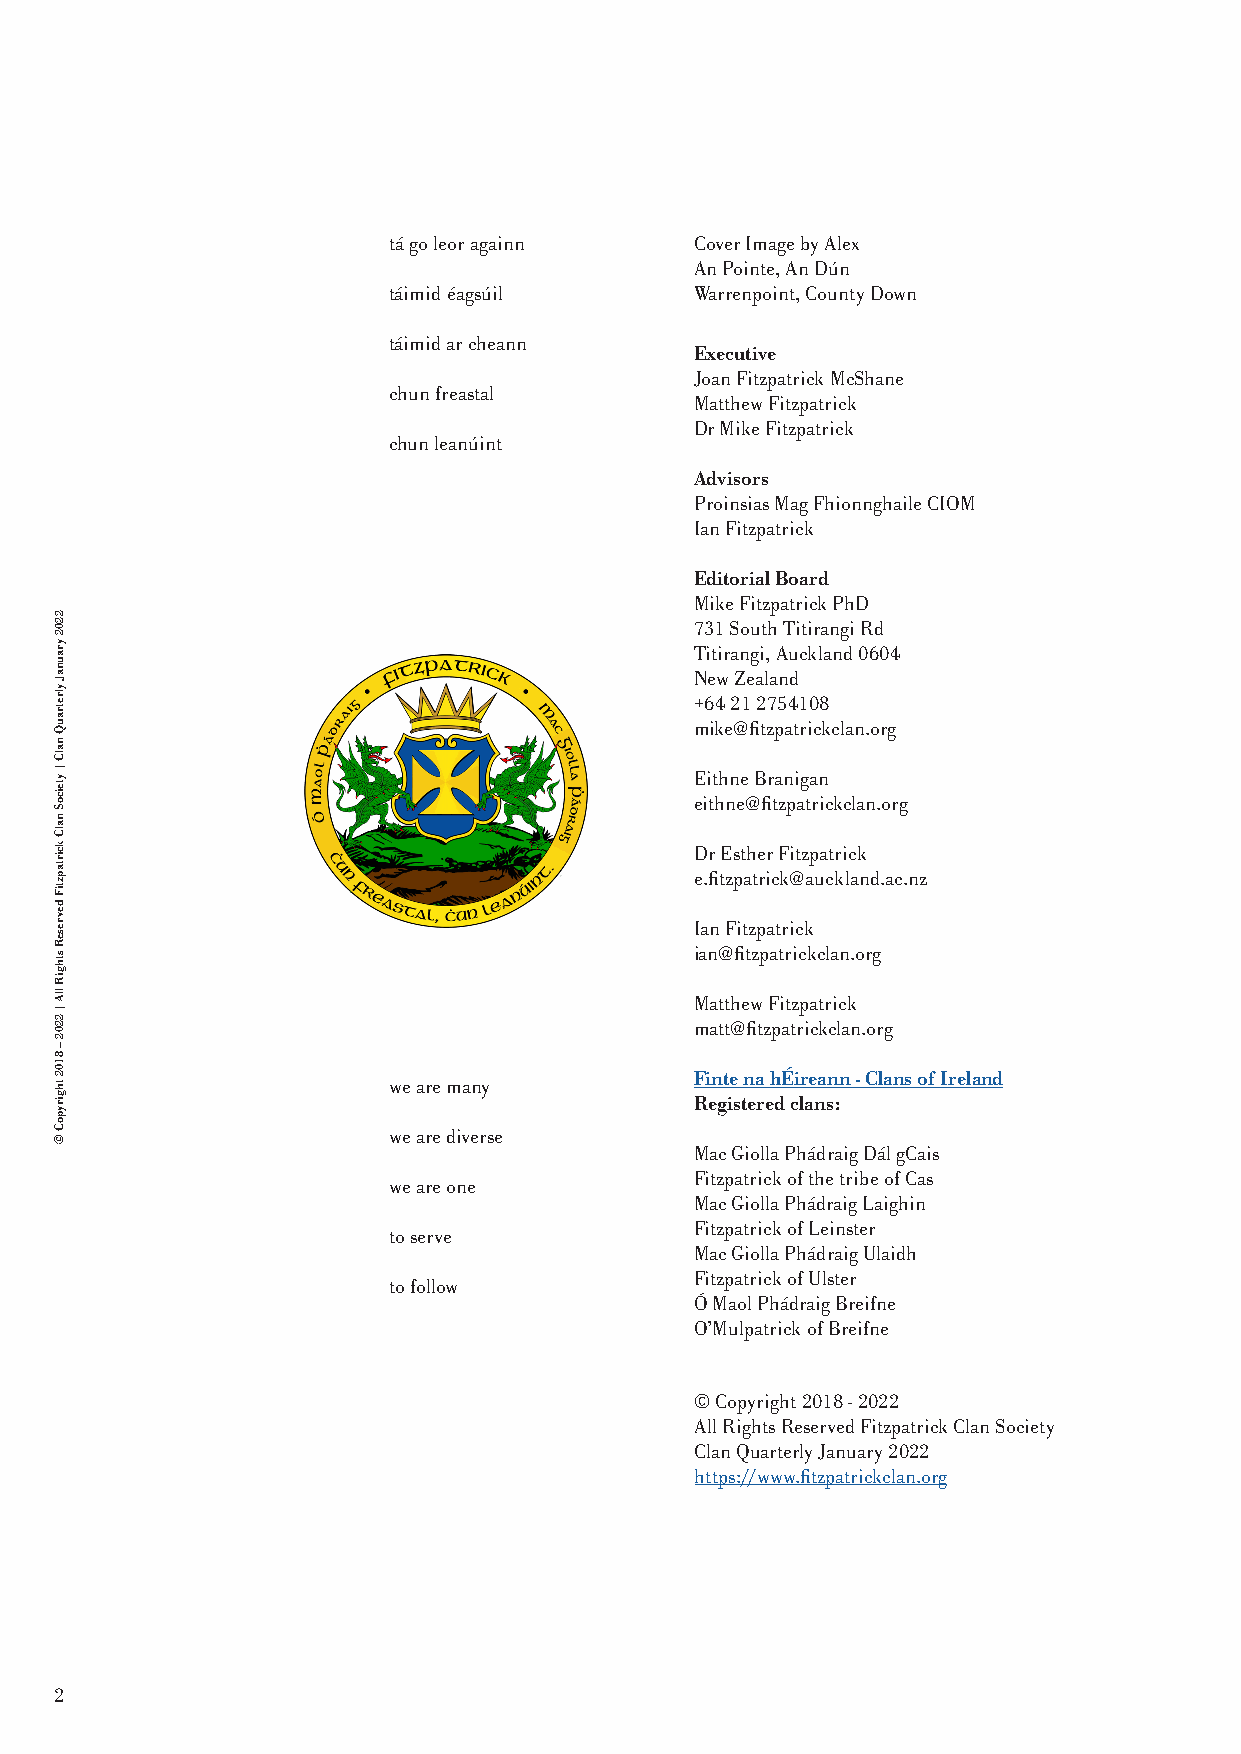
tá go leor againn   Cover Image by Alex
 An Pointe, An Dún
 táimid éagsúil      Warrenpoint, County Down
 táimid ar cheann
 Executive
 Joan Fitzpatrick McShane
 chun freastal
 Matthew Fitzpatrick
 Dr Mike Fitzpatrick
 chun leanúint
 Advisors
 Proinsias Mag Fhionnghaile CIOM
 Ian Fitzpatrick
 Editorial Board
 Mike Fitzpatrick PhD
 731 South Titirangi Rd
 Titirangi, Auckland 0604
 New Zealand
 +64 21 2754108
 mike@fitzpatrickclan.org
 Eithne Branigan
 eithne@fitzpatrickclan.org
 Dr Esther Fitzpatrick
 e.fitzpatrick@auckland.ac.nz
 Ian Fitzpatrick
 ian@fitzpatrickclan.org
 Matthew Fitzpatrick
 matt@fitzpatrickclan.org
 Finte na hÉireann - Clans of Ireland
 we are many
 Registered clans:
 we are diverse
 Mac Giolla Phádraig Dál gCais
 Fitzpatrick of the tribe of Cas
 we are one
 Mac Giolla Phádraig Laighin
 Fitzpatrick of Leinster
 to serve
 Mac Giolla Phádraig Ulaidh
 Fitzpatrick of Ulster
 to follow
 Ó Maol Phádraig Breifne
 O’Mulpatrick of Breifne
 © Copyright 2018 - 2022
 All Rights Reserved Fitzpatrick Clan Society
 Clan Quarterly January 2022
 https://www.fitzpatrickclan.org
 2
 2202
 yraunaJ
 ylretrauQ
 nalC
 |
 yteicoS
 nalC
 kcirtapztiF
 devreseR
 sthgiR
 llA
 |
 2202
 –
 8102
 thgirypoC
 ©